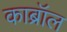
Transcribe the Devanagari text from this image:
काब्रॉल